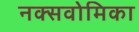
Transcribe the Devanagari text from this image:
नक्सवोमिका